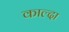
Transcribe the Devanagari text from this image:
काल्दा